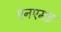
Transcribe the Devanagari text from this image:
एनएमइ